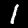
Label: 1